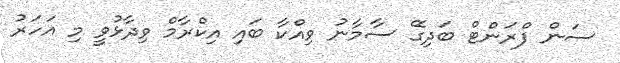
ސަން ފްރަންޓް ބަދިގޭ ސާމާނު ވިއްކާ ބައި އިކްރާމް ވިދާޅުވީ މި އަހަރު